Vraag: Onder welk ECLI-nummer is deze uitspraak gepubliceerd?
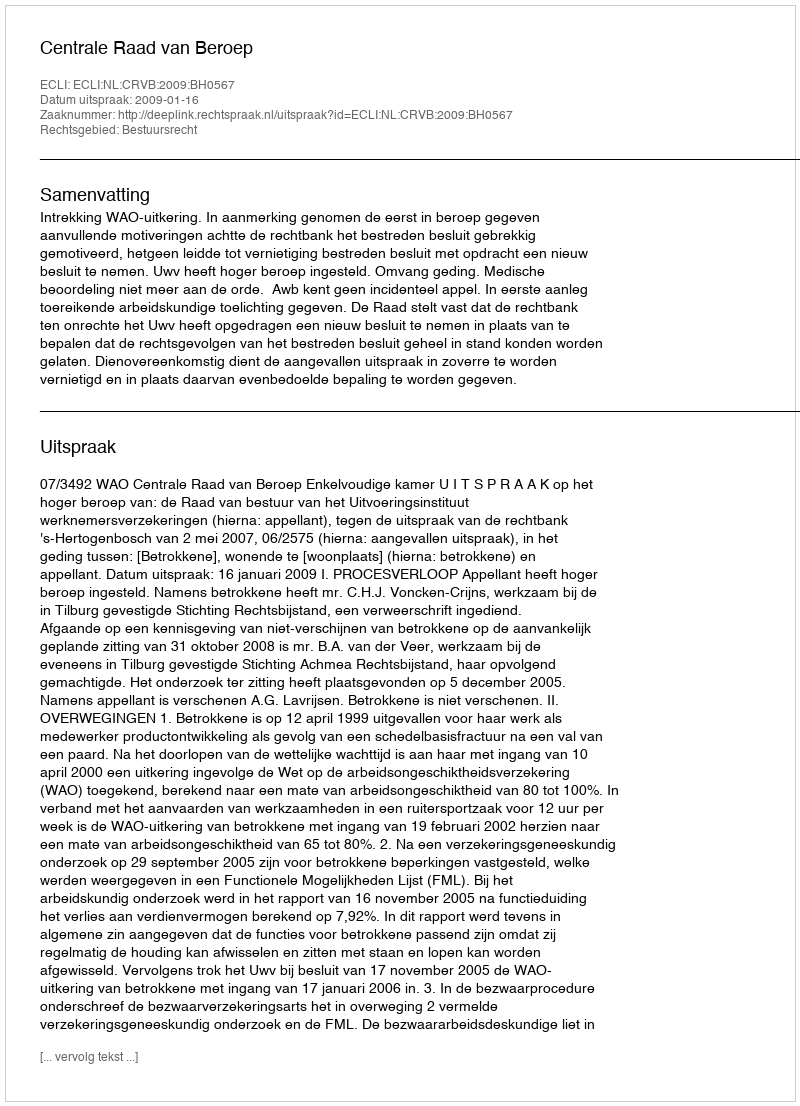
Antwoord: ECLI:NL:CRVB:2009:BH0567